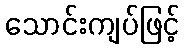
သောင်းကျပ်ဖြင့်